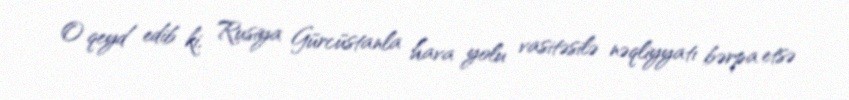
O qeyd edib ki, Rusiya Gürcüstanla hava yolu vasitəsilə nəqliyyatı bərpa etsə